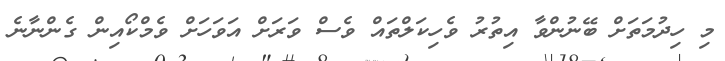
މި ހިދުމަތަށް ބޭނުންވާ އިތުރު ވެހިކަލްތައް ވެސް ވަރަށް އަވަހަށް ވެމްކޯއިން ގެންނާނެ